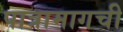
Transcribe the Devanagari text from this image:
पात्रामागची